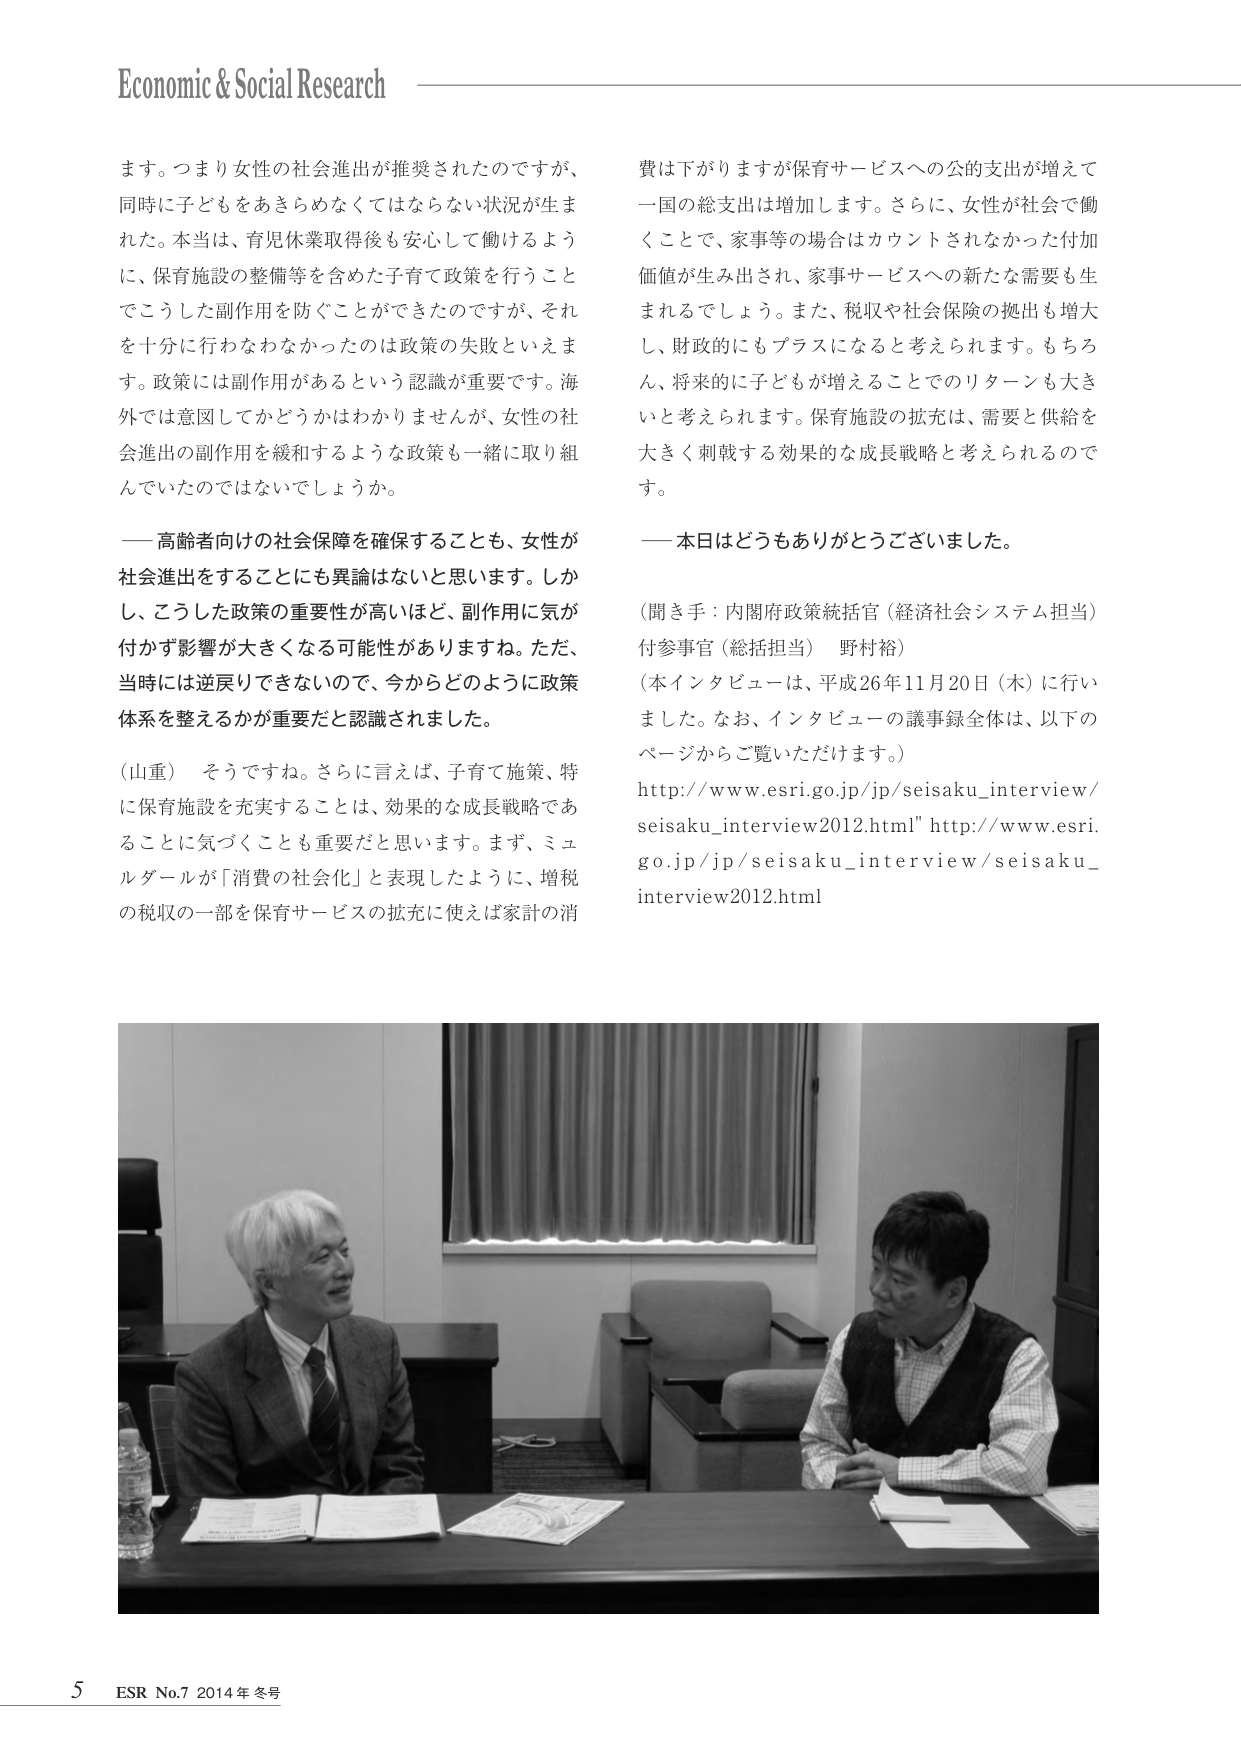
Economic & Social Research

ます。つまり女性の社会進出が推奨されたのですが、
同時に子どもをあきらめなくてはならない状況が生ま
れた。本当は、育児休業取得後も安心して働けるよう
に、保育施設の整備等を含めた子育て政策を行うこと
でこうした副作用を防ぐことができたのですが、それ
を十分に行わなかったのは政策の失敗といえま
す。政策には副作用があるという認識が重要です。海
外では意図してかどうかはわかりませんが、女性の社
会進出の副作用を緩和するような政策も一緒に取り組
んでいたのではないでしょうか。

―― 高齢者向けの社会保障を確保することも、女性が
社会進出をすることにも異論はないと思います。しか
し、こうした政策の重要性が高いほど、副作用に気が
付かず影響が大きくなる可能性がありますね。ただ、
当時には逆戻りできないので、今からどのように政策
体系を整えるかが重要だと認識されました。

（山重） そうですね。さらに言えば、子育て施策、特
に保育施設を充実することは、効果的な成長戦略であ
ることに気づくことも重要だと思います。まず、ミュ
ルダールが「消費の社会化」と表現したように、増税
の税収の一部を保育サービスの拡充に使えば家計の消

費は下がりますが保育サービスへの公的支出が増えて
一国の総支出は増加します。さらに、女性が社会で働
くことで、家事等の場合はカウントされなかった付加
価値が生み出され、家事サービスへの新たな需要も生
まれるでしょう。また、税収や社会保障の拠出も増大
し、財政的にもプラスになると考えられます。もちろ
ん、将来的に子どもが増えることでのリターンも大き
いと考えられます。保育施設の拡充は、需要と供給を
大きく刺激する効果的な成長戦略と考えられるので
す。

―― 本日はどうもありがとうございました。

（聞き手：内閣府政策統括官（経済社会システム担当）
付参事官（総括担当） 野村裕）
（本インタビューは、平成26年11月20日（木）に行い
ました。なお、インタビューの議事録全体は、以下の
ページからご覧いただけます。）
http://www.esri.go.jp/jp/seisaku_interview/
seisaku_interview2012.html" http://www.esri.
go.jp/jp/seisaku_interview/seisaku_
interview2012.html

5 ESR No.7 2014年冬号